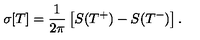
\sigma [ T ] = { \frac { 1 } { 2 \pi } } \left[ S ( T ^ { + } ) - S ( T ^ { - } ) \right] .